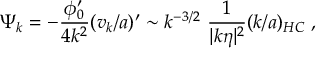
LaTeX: \Psi _ { k } = - \frac { \phi _ { 0 } ^ { \prime } } { 4 k ^ { 2 } } ( v _ { k } / a ) ^ { \prime } \sim k ^ { - 3 / 2 } ~ \frac { 1 } { | k \eta | ^ { 2 } } ( k / a ) _ { H C } \; ,